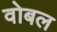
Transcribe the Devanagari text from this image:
वोबल